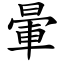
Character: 暈